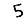
Digit: 5